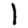
Digit: 1